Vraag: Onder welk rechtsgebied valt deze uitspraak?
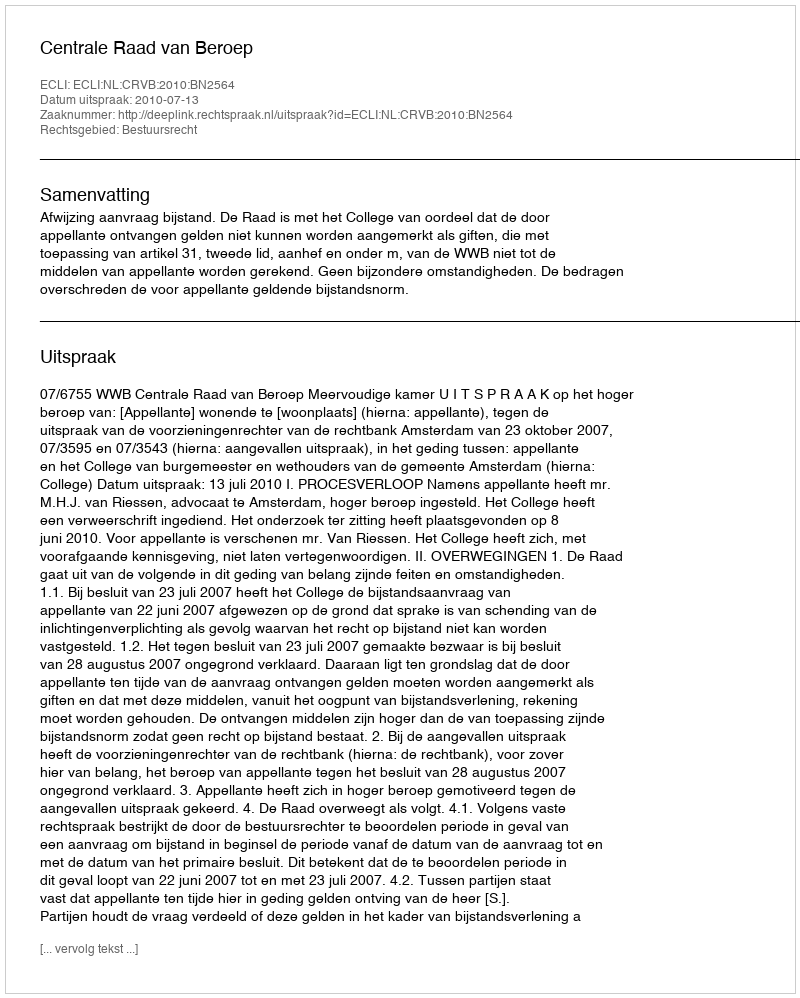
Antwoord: Bestuursrecht